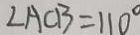
\angle A C B = 1 1 0 ^ { \circ }